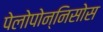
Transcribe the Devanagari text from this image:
पेलोपोन्निसोस